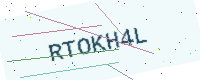
Text: RTOKH4L